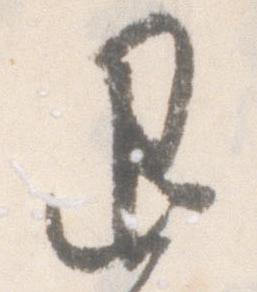
退